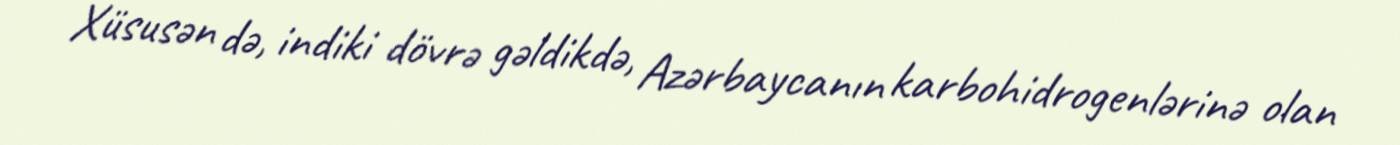
Xüsusən də, indiki dövrə gəldikdə, Azərbaycanın karbohidrogenlərinə olan